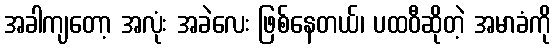
အခါကျတော့ အလုံး အခဲလေး ဖြစ်နေတယ်၊ ပထဝီဆိုတဲ့ အမာခံကို